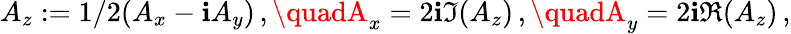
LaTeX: A_{z}:=1/2(A_{x}-\mathbf{i}A_{y})\, ,\quadA_{x}=2\mathbf{i}\Im(A_{z})\, ,\quadA_{y}=2\mathbf{i}\Re(A_{z})\, ,